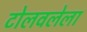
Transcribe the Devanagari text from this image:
टोलवलेला